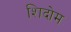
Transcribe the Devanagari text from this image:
शिदोम